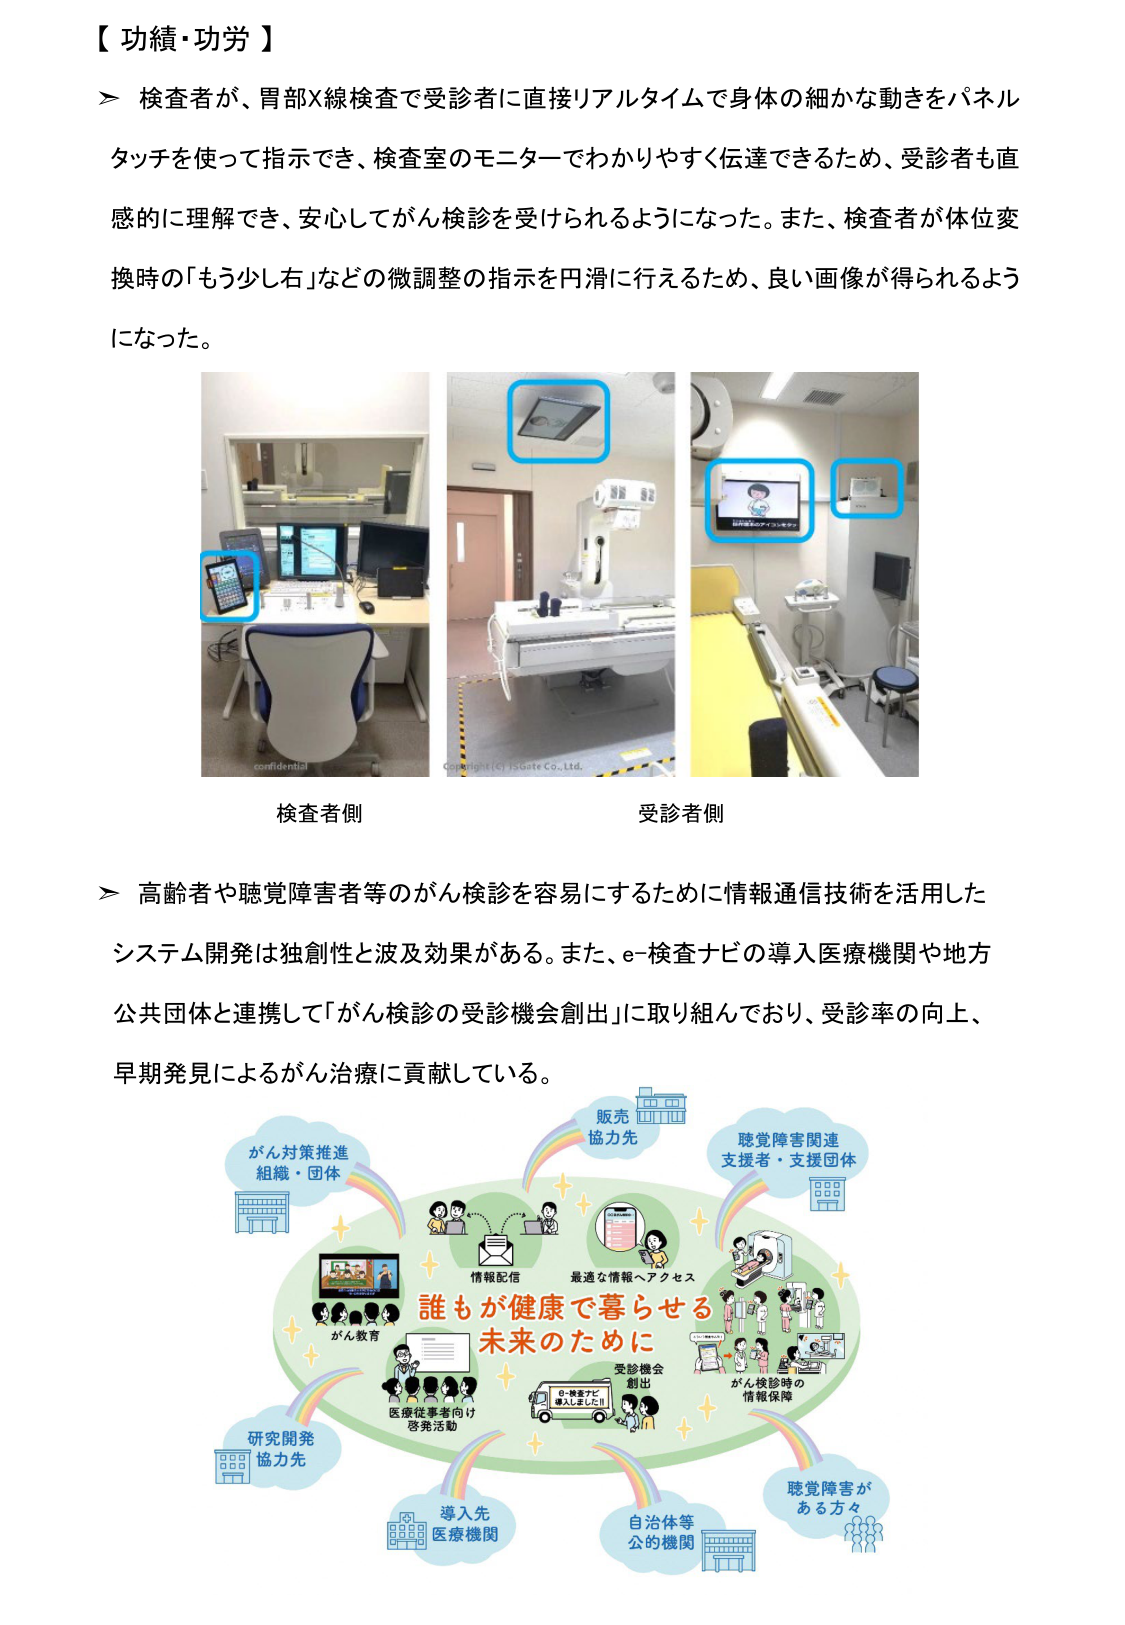
【功績・功労】

＞ 検査者が、胃部X線検査で受診者に直接リアルタイムで身体の細かな動きをパネルタッチを使って指示でき、検査室のモニターでわかりやすく伝達できるため、受診者も直感的に理解でき、安心してがん検診を受けられるようになった。また、検査者が体位変換時の「もう少し右」などの微調整の指示を円滑に行えるため、良い画像が得られるようになった。

検査者側
受診者側

＞ 高齢者や聴覚障害者等のがん検診を容易にするために情報通信技術を活用したシステム開発は独創性と波及効果がある。また、e-検査ナビの導入医療機関や地方公共団体と連携して「がん検診の受診機会創出」に取り組んでおり、受診率の向上、早期発見によるがん治療に貢献している。

がん対策推進
組織・団体

販売
協力先

聴覚障害関連
支援者・支援団体

情報配信
最適な情報へアクセス

誰もが健康で暮らせる
未来のために

がん教育

医療従事者向け
啓発活動

受診機会
創出

がん検診時の
情報保障

研究開発
協力先

導入先
医療機関

自治体等
公的機関

聴覚障害が
ある方々

confidential
Copyright (c) Jusate Co., Ltd.